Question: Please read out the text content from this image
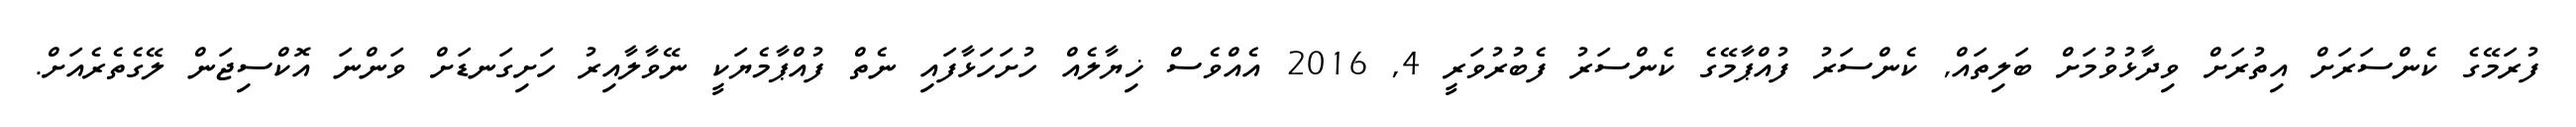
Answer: ފުރަމޭގެ ކެންސަރަށް އިތުރަށް ވިދާޅުވުމަށް ބަލިތައް, ކެންސަރު ފުއްޕާމޭގެ ކެންސަރު ފެބުރުވަރީ 4, 2016 އެއްވެސް ޚިޔާލެއް ހުށަހަޅާފައި ނެތް ފުއްޕާމެޔަކީ ނޭވާލާއިރު ހަށިގަނޑަށް ވަންނަ އޮކްސިޖަން ލޭގެތެރެއަށް.